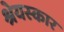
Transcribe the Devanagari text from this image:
श्रेयस्कार